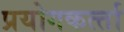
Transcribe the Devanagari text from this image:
प्रयोगकर्त्‍ता